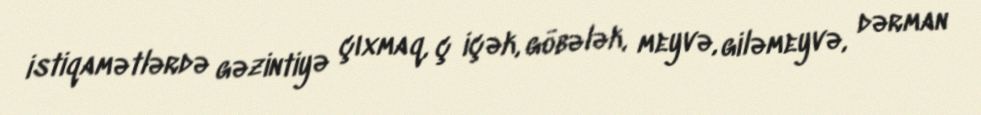
istiqamətlərdə gəzintiyə çıxmaq, ç içək, göbələk, meyvə, giləmeyvə, dərman